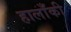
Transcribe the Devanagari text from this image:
हालाँकी